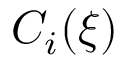
C _ { i } ( \xi )